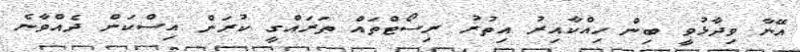
އޭނާ ވިދާޅުވީ ބިން ހިއްކާއިރު އިތުރު ރިސޯޓްތައް ތަރައްގީ ކުރަން އިސްކަން ދެއްވާނެ